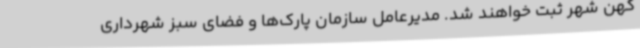
کهن شهر ثبت خواهند شد. مدیرعامل سازمان پارک‌ها و فضای سبز شهرداری